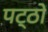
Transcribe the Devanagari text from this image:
पट्ठों